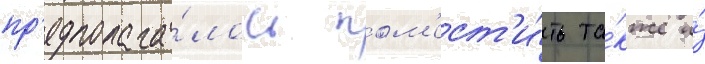
пр'едполага́лось пом'ест'и́ть та́кже и́